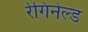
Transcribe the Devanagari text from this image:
रेगिनेल्‍ड